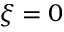
\xi = 0